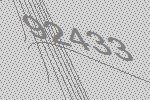
92433